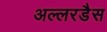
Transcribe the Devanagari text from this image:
अल्लरडैस